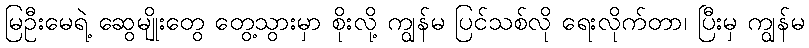
မြဦးမေရဲ့ ဆွေမျိုးတွေ တွေ့သွားမှာ စိုးလို့ ကျွန်မ ပြင်သစ်လို ရေးလိုက်တာ၊ ပြီးမှ ကျွန်မ